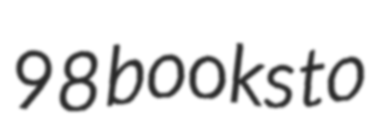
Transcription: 98 books to